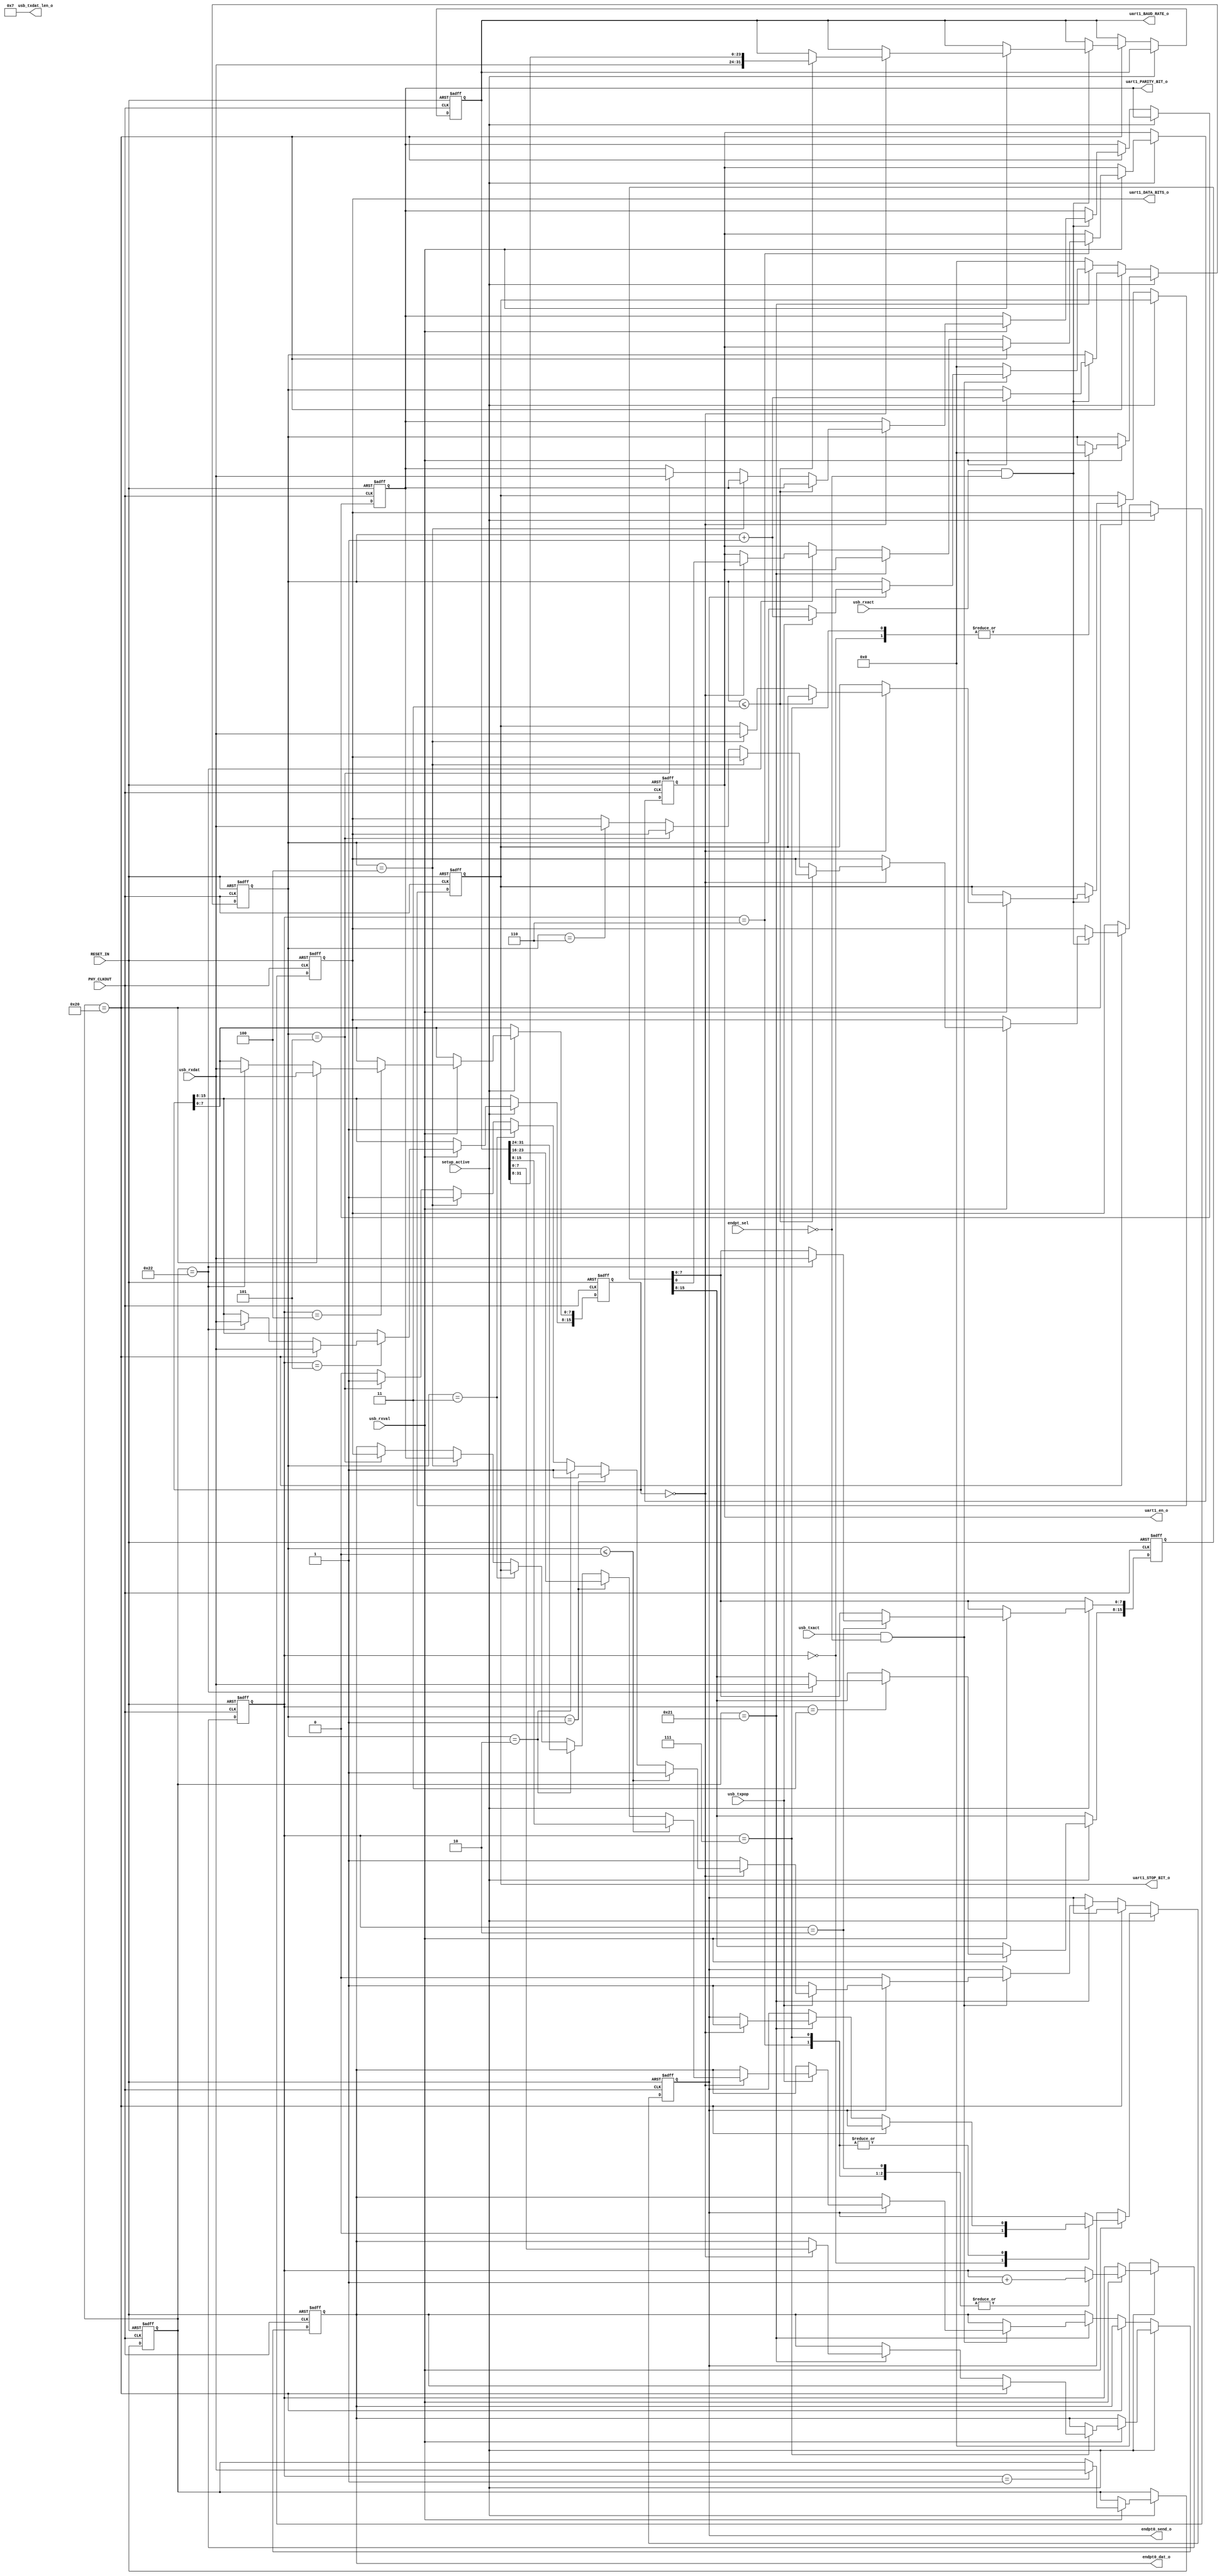
`timescale 1 ns/ 1 ps

//
// Module name        :uart.v
// Last Modified      :
// Update Count       :2020-11-05 14:26
// Description        :
//----------------------------------------------------------------------
//===========================================
module usb_uart_config 
(
    input              PHY_CLKOUT        ,// clock
    input              RESET_IN          ,// reset
    input              setup_active      ,
    input   [3:0]      endpt_sel         ,
    input              usb_rxval         ,
    input              usb_rxact         ,
    input   [7:0]      usb_rxdat         ,
    input              usb_txact         ,
    input              usb_txpop         ,
    output  [11:0]     usb_txdat_len_o   ,
    output  [7:0]      endpt0_dat_o      ,
    output             endpt0_send_o     ,
    output             uart1_en_o        ,
    output  [31:0]     uart1_BAUD_RATE_o ,
    output  [7:0]      uart1_PARITY_BIT_o,
    output  [7:0]      uart1_STOP_BIT_o  ,
    output  [7:0]      uart1_DATA_BITS_o
);

parameter ENDPT_UART_CONFIG =4'h0;
parameter ENDPT_UART1_DATA  =4'h1;
parameter ENDPT_UART2_DATA  =4'h2;
parameter ENDPT_UART3_DATA  =4'h3;
parameter ENDPT_I2C1        =4'h4;
parameter ENDPT_I2C2        =4'h5;
parameter ENDPT_I2C3        =4'h6;
parameter ENDPT_I2C4        =4'h7;
parameter ENDPT_PARALLEL20  =4'h8;


localparam  SET_LINE_CODING = 8'h20;
localparam  GET_LINE_CODING = 8'h21;
localparam  SET_CONTROL_LINE_STATE = 8'h22;

reg [7:0] stage;
reg [7:0] sub_stage;
reg [7:0] s_req_type;
reg [7:0] s_req_code;
reg [15:0]s_ctl_sig;
reg [15:0]s_set_len;
reg [15:0]s_interface_num;
reg       s_uart1_en;

reg [31:0]s_dte1_rate;
reg [7:0] s_char1_format;
reg [7:0] s_parity1_type;
reg [7:0] s_data1_bits;
reg [7:0] s_char2_format;
reg [7:0] s_parity2_type;
reg [7:0] s_data2_bits;
reg [31:0]s_dte3_rate;
reg [7:0] s_char3_format;
reg [7:0] s_parity3_type;
reg [7:0] s_data3_bits;
reg [7:0] endpt0_dat;
reg       endpt0_send;

assign uart1_en_o=s_uart1_en;
assign uart1_BAUD_RATE_o=s_dte1_rate;
assign uart1_PARITY_BIT_o=s_parity1_type;
assign uart1_STOP_BIT_o=s_char1_format;
assign uart1_DATA_BITS_o=s_data1_bits;
assign endpt0_dat_o=endpt0_dat;
assign endpt0_send_o=endpt0_send;
assign usb_txdat_len_o=12'd7;

always @(posedge PHY_CLKOUT,posedge RESET_IN) begin
    if (RESET_IN) begin
        stage <= 8'd0;
        sub_stage <= 8'd0;
        s_req_type <= 8'd0;
        s_req_code <= 8'd0;
        s_ctl_sig <= 16'd0;
        s_set_len <= 16'd0;
        s_interface_num<= 16'd0;
        s_dte1_rate <= 32'd115200;
        s_char1_format <= 8'd0;
        s_parity1_type <= 8'd0;
        s_data1_bits <= 8'd8;
        endpt0_send <= 1'd0;
        endpt0_dat  <= 8'd0;
        s_uart1_en <= 1'b0;
    end
    else begin
        if (setup_active) begin
            if (usb_rxval) begin
                case (stage)
                    8'd0 : begin
                        s_req_type <= usb_rxdat;
                        stage <= stage + 8'd1;
                        sub_stage <= 8'd0;
                        endpt0_send <= 1'd0;
                    end
                    8'd1 : begin
                        s_req_code <= usb_rxdat;
                        stage <= stage + 8'd1;
                    end
                    8'd2 : begin
                        if (s_req_code == SET_CONTROL_LINE_STATE) begin
                            s_ctl_sig[7:0] <= usb_rxdat;
                        end
                        stage <= stage + 8'd1;
                    end
                    8'd3 : begin
                        if (s_req_code == SET_CONTROL_LINE_STATE) begin
                            s_ctl_sig[15:8] <= usb_rxdat;
                        end
                        stage <= stage + 8'd1;
                    end
                    8'd4 : begin
                        stage <= stage + 8'd1;
                        if (s_req_code == SET_LINE_CODING) begin
                            s_interface_num[7:0] <= usb_rxdat;
                        end
                        else if (s_req_code == SET_CONTROL_LINE_STATE) begin
                            s_interface_num[7:0] <= usb_rxdat;
                        end
                    end
                    8'd5 : begin
                        stage <= stage + 8'd1;
                        if (s_req_code == SET_LINE_CODING) begin
                            s_interface_num[15:8] <= usb_rxdat;
                        end
                        else if (s_req_code == SET_CONTROL_LINE_STATE) begin
                            s_interface_num[15:8] <= usb_rxdat;
                        end

                    end
                    8'd6 : begin
                        if (s_req_code == SET_LINE_CODING) begin
                            s_set_len[7:0] <= usb_rxdat;
                        end
                        else if (s_req_code == GET_LINE_CODING) begin
                            s_set_len[7:0] <= usb_rxdat;
                            if (s_interface_num == 16'd0) begin
                                endpt0_send <= 1'd1;
                            end
                        end
                        else if (s_req_code == SET_CONTROL_LINE_STATE) begin
                            if (s_interface_num == 16'd0) begin
                                s_uart1_en <= s_ctl_sig[0];
                            end
                        end
                        stage <= stage + 8'd1;
                    end
                    8'd7 : begin
                        if (s_req_code == SET_LINE_CODING) begin
                            s_set_len[15:8] <= usb_rxdat;
                        end
                        else if (s_req_code == GET_LINE_CODING) begin
                            s_set_len[15:8] <= usb_rxdat;
                            if (s_interface_num == 16'd0) begin
                                endpt0_send <= 1'd1;
                                endpt0_dat <= s_dte1_rate[7:0];
                            end
                        end
                        stage <= stage + 8'd1;
                        sub_stage <= 8'd0;
                    end
                    8'd8 : begin
                        stage <= stage;
                    end
                endcase
            end
        end
        else if (s_req_code == SET_LINE_CODING) begin
            stage <= 8'd0;
            if ((usb_rxact)&&(endpt_sel ==ENDPT_UART_CONFIG)) begin
                if (usb_rxval) begin
                    sub_stage <= sub_stage + 8'd1;
                    if(s_interface_num==0)begin
                        if (sub_stage <= 3) begin
                            s_dte1_rate <= {usb_rxdat,s_dte1_rate[31:8]};
                        end
                        else if (sub_stage == 4) begin
                            s_char1_format <= usb_rxdat;
                        end
                        else if (sub_stage == 5) begin
                            s_parity1_type <= usb_rxdat;
                        end
                        else if (sub_stage == 6) begin
                            s_data1_bits <= usb_rxdat;
                        end
                    end
                end
            end
        end
        else if (s_req_code == GET_LINE_CODING) begin
            stage <= 8'd0;
            if ((usb_txact)&&(endpt_sel ==ENDPT_UART_CONFIG)) begin
                if (endpt0_send == 1'b1) begin
                    if (usb_txpop) begin
                        sub_stage <= sub_stage + 8'd1;
                    end
                    if (s_req_code == GET_LINE_CODING) begin
                       /* if (sub_stage <= 0) begin //old controller version
                            endpt0_dat <= s_dte_rate[7:0];
                        end
                        else if (sub_stage == 1) begin
                            endpt0_dat <= s_dte_rate[15:8];
                        end
                        else if (sub_stage == 2) begin
                            endpt0_dat <= s_dte_rate[23:16];
                        end
                        else if (sub_stage == 3) begin
                            endpt0_dat <= s_dte_rate[31:24];
                        end
                        else if (sub_stage == 4) begin
                            endpt0_dat <= s_char_format;
                        end
                        else if (sub_stage == 5) begin
                            endpt0_dat <= s_parity_type;
                        end
                        else if (sub_stage == 6) begin
                            endpt0_dat <= s_data_bits;
                        end
                        else begin
                            endpt0_send <= 1'b0;
                        end*/
                        if (usb_txpop) begin// new controller version
                            if(s_interface_num==0)begin
                                if (sub_stage <= 0) begin
                                    endpt0_dat <= s_dte1_rate[15:8];
                                end
                                else if (sub_stage == 1) begin
                                    endpt0_dat <= s_dte1_rate[23:16];
                                end
                                else if (sub_stage == 2) begin
                                    endpt0_dat <= s_dte1_rate[31:24];
                                end
                                else if (sub_stage == 3) begin
                                    endpt0_dat <= s_char1_format;
                                end
                                else if (sub_stage == 4) begin
                                    endpt0_dat <= s_parity1_type;
                                end
                                else if (sub_stage == 5) begin
                                    endpt0_dat <= s_data1_bits;
                                end
                                else if (sub_stage == 6) begin
                                    endpt0_send <= 1'b0;
                                end
                                else begin
                                    endpt0_send <= 1'b0;
                                end
                            end
                        end
                    end
                end
            end
            else begin
                sub_stage <= 8'd0;
            end
        end
        else begin
             stage <= 8'd0;
             sub_stage <= 8'd0;
        end
    end
end

 
endmodule